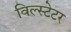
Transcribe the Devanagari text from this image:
विल्स्टेटर